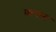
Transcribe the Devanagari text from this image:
व्ययात